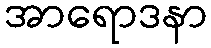
အာရောဒနာ